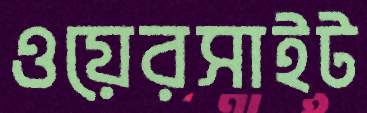
ওয়েরসাইট